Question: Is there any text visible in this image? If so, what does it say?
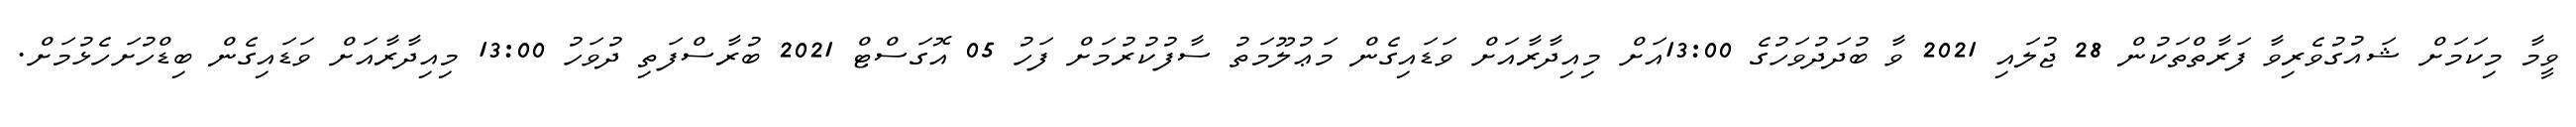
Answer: ވީމާ މިކަމަށް ޝައުގުވެރިވާ ފަރާތްތަކުން 28 ޖުލައި 2021 ވާ ބުދަދުވަހުގެ 13:00އަށް މިއިދާރާއަށް ވަޑައިގެން މަޢުލޫމަތު ސާފުކުރުމަށް ފަހު 05 އޮގަސްޓް 2021 ބުރާސްފަތި ދުވަހު 13:00 މިއިދާރާއަށް ވަޑައިގެން ބިޑްހުށަހެޅުމަށް.